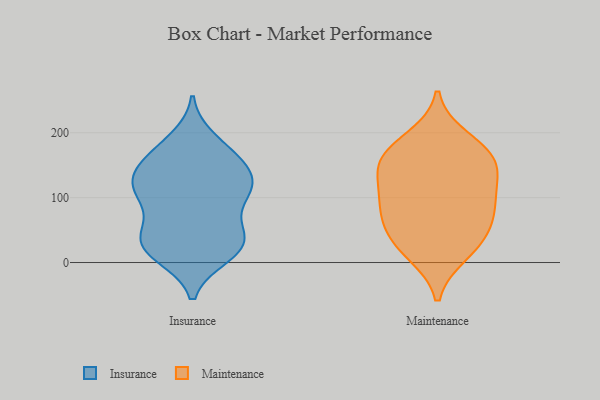
{"axis": {"x": "Production Output", "y": "Value"}, "legend": ["Insurance", "Maintenance"], "data": [{"x": "", "y": 42, "type": "Insurance"}, {"x": "", "y": 149, "type": "Insurance"}, {"x": "", "y": 41, "type": "Insurance"}, {"x": "", "y": 150, "type": "Insurance"}, {"x": "", "y": 189, "type": "Insurance"}, {"x": "", "y": 114, "type": "Insurance"}, {"x": "", "y": 126, "type": "Insurance"}, {"x": "", "y": 169, "type": "Insurance"}, {"x": "", "y": 16, "type": "Insurance"}, {"x": "", "y": 55, "type": "Insurance"}, {"x": "", "y": 127, "type": "Insurance"}, {"x": "", "y": 11, "type": "Insurance"}, {"x": "", "y": 117, "type": "Insurance"}, {"x": "", "y": 169, "type": "Insurance"}, {"x": "", "y": 30, "type": "Insurance"}, {"x": "", "y": 108, "type": "Insurance"}, {"x": "", "y": 106, "type": "Insurance"}, {"x": "", "y": 94, "type": "Insurance"}, {"x": "", "y": 19, "type": "Insurance"}, {"x": "", "y": 30, "type": "Insurance"}, {"x": "", "y": 47, "type": "Maintenance"}, {"x": "", "y": 48, "type": "Maintenance"}, {"x": "", "y": 145, "type": "Maintenance"}, {"x": "", "y": 95, "type": "Maintenance"}, {"x": "", "y": 137, "type": "Maintenance"}, {"x": "", "y": 169, "type": "Maintenance"}, {"x": "", "y": 191, "type": "Maintenance"}, {"x": "", "y": 155, "type": "Maintenance"}, {"x": "", "y": 21, "type": "Maintenance"}, {"x": "", "y": 14, "type": "Maintenance"}, {"x": "", "y": 103, "type": "Maintenance"}, {"x": "", "y": 166, "type": "Maintenance"}, {"x": "", "y": 91, "type": "Maintenance"}, {"x": "", "y": 73, "type": "Maintenance"}]}